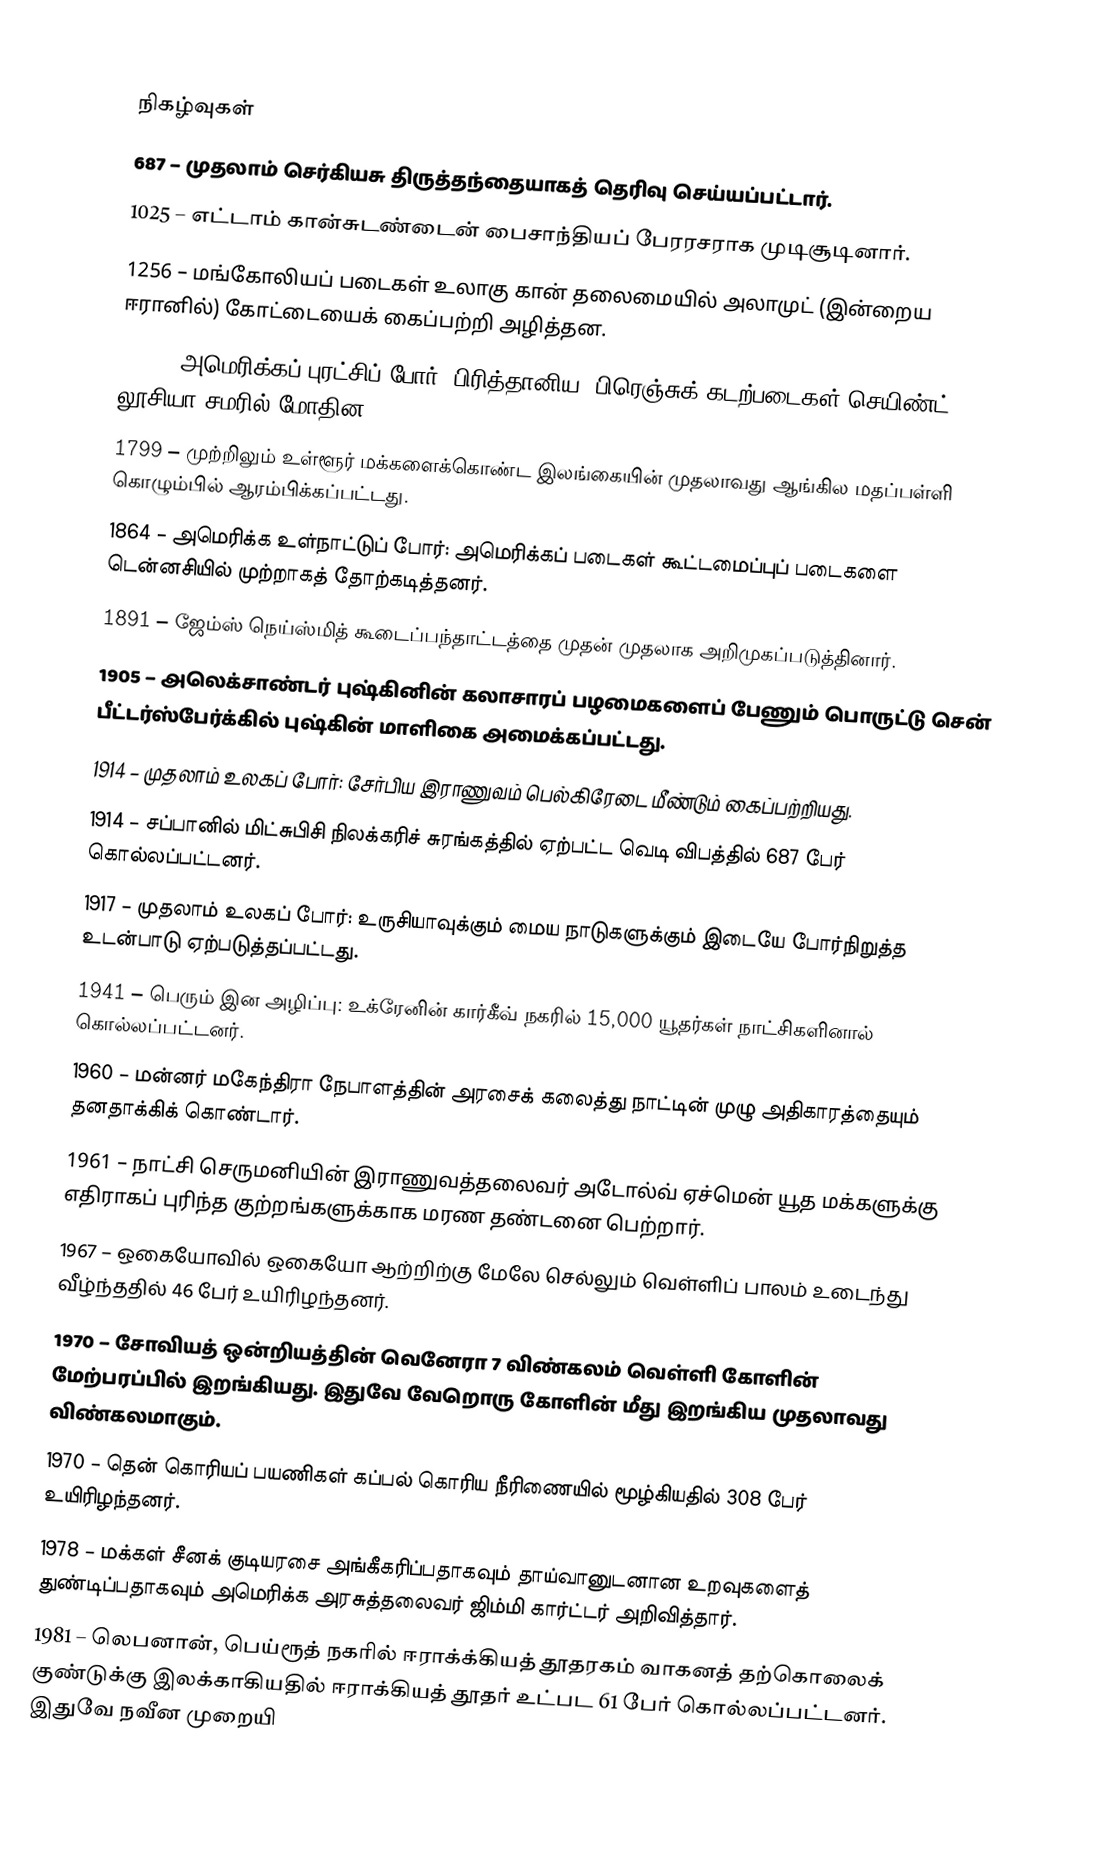

நிகழ்வுகள்
 687 – முதலாம் செர்கியசு திருத்தந்தையாகத் தெரிவு செய்யப்பட்டார்.
1025 – எட்டாம் கான்சுடண்டைன் பைசாந்தியப் பேரரசராக முடிசூடினார்.
1256 – மங்கோலியப் படைகள் உலாகு கான் தலைமையில் அலாமுட் (இன்றைய ஈரானில்) கோட்டையைக் கைப்பற்றி அழித்தன.
1778 – அமெரிக்கப் புரட்சிப் போர்: பிரித்தானிய, பிரெஞ்சுக் கடற்படைகள் செயிண்ட் லூசியா சமரில் மோதின.
1799 – முற்றிலும் உள்ளூர் மக்களைக்கொண்ட இலங்கையின் முதலாவது ஆங்கில மதப்பள்ளி கொழும்பில் ஆரம்பிக்கப்பட்டது.
1864 – அமெரிக்க உள்நாட்டுப் போர்: அமெரிக்கப் படைகள் கூட்டமைப்புப் படைகளை டென்னசியில் முற்றாகத் தோற்கடித்தனர்.
1891 – ஜேம்ஸ் நெய்ஸ்மித் கூடைப்பந்தாட்டத்தை முதன் முதலாக அறிமுகப்படுத்தினார்.
1905 – அலெக்சாண்டர் புஷ்கினின் கலாசாரப் பழமைகளைப் பேணும் பொருட்டு சென் பீட்டர்ஸ்பேர்க்கில் புஷ்கின் மாளிகை அமைக்கப்பட்டது.
1914 – முதலாம் உலகப் போர்: சேர்பிய இராணுவம் பெல்கிரேடை மீண்டும் கைப்பற்றியது.
1914 – சப்பானில் மிட்சுபிசி நிலக்கரிச் சுரங்கத்தில் ஏற்பட்ட வெடி விபத்தில் 687 பேர் கொல்லப்பட்டனர்.
1917 – முதலாம் உலகப் போர்: உருசியாவுக்கும் மைய நாடுகளுக்கும் இடையே போர்நிறுத்த உடன்பாடு ஏற்படுத்தப்பட்டது.
1941 – பெரும் இன அழிப்பு: உக்ரேனின் கார்கீவ் நகரில் 15,000 யூதர்கள் நாட்சிகளினால் கொல்லப்பட்டனர்.
1960 – மன்னர் மகேந்திரா நேபாளத்தின் அரசைக் கலைத்து நாட்டின் முழு அதிகாரத்தையும் தனதாக்கிக் கொண்டார்.
1961 – நாட்சி செருமனியின் இராணுவத்தலைவர் அடோல்வ் ஏச்மென் யூத மக்களுக்கு எதிராகப் புரிந்த குற்றங்களுக்காக மரண தண்டனை பெற்றார்.
1967 – ஒகையோவில் ஒகையோ ஆற்றிற்கு மேலே செல்லும் வெள்ளிப் பாலம் உடைந்து வீழ்ந்ததில் 46 பேர் உயிரிழந்தனர்.
1970 – சோவியத் ஒன்றியத்தின் வெனேரா 7 விண்கலம் வெள்ளி கோளின் மேற்பரப்பில் இறங்கியது. இதுவே வேறொரு கோளின் மீது இறங்கிய முதலாவது விண்கலமாகும்.
1970 – தென் கொரியப் பயணிகள் கப்பல் கொரிய நீரிணையில் மூழ்கியதில் 308 பேர் உயிரிழந்தனர்.
1978 – மக்கள் சீனக் குடியரசை அங்கீகரிப்பதாகவும் தாய்வானுடனான உறவுகளைத் துண்டிப்பதாகவும் அமெரிக்க அரசுத்தலைவர் ஜிம்மி கார்ட்டர் அறிவித்தார்.
1981 – லெபனான், பெய்ரூத் நகரில் ஈராக்க்கியத் தூதரகம் வாகனத் தற்கொலைக் குண்டுக்கு இலக்காகியதில் ஈராக்கியத் தூதர் உட்பட 61 பேர் கொல்லப்பட்டனர். இதுவே நவீன முறையி